画像に写った文字を読んでください
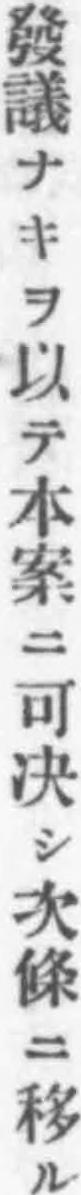
「發議ナキヲ以テ本案ニ可决シ次條ニ移ル」と書いてあります